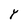
Character: Y